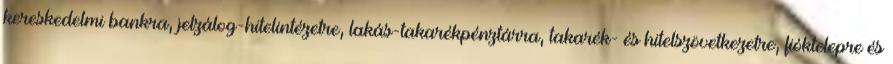
kereskedelmi bankra, jelzálog-hitelintézetre, lakás-takarékpénztárra, takarék- és hitelszövetkezetre, fióktelepre és